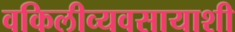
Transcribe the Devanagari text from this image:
वकिलीव्यवसायाशी